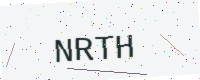
Text: NRTH